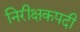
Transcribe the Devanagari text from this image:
निरीक्षकपदी